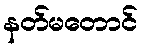
နတ်မတောင်